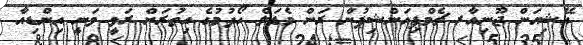
އޭޝިއަން ޖޫނިއާރ ޗެމްޕިއަންޝިޕުން ރަން މެޑަލް ހޯދުމުގެ އިތުރަށް ރަވީ ވަނީ އިންޑިއާ